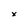
Character: X